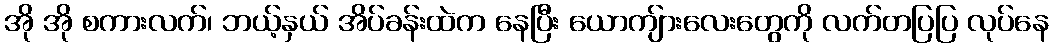
အို အို စကားလက်၊ ဘယ့်နှယ် အိပ်ခန်းထဲက နေပြီး ယောကျ်ားလေးတွေကို လက်တပြပြ လုပ်နေ